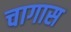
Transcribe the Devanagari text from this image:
चागास